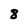
Character: 8